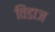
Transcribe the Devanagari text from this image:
विंडाज